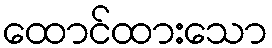
ထောင်ထားသော